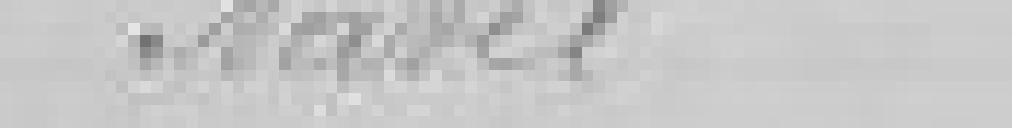
Navel